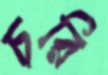
চরি